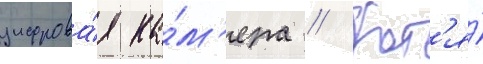
цифрова́я ка́м'ера // Хот'я́